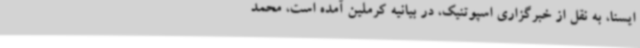
ایسنا،‌ به نقل از خبرگزاری اسپوتنیک، در بیانیه کرملین آمده است،‌ محمد